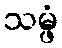
သမ္ဖံ